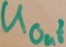
Text: UOut